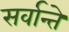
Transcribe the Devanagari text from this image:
सर्वान्ते